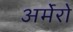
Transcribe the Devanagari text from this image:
अर्मेरो